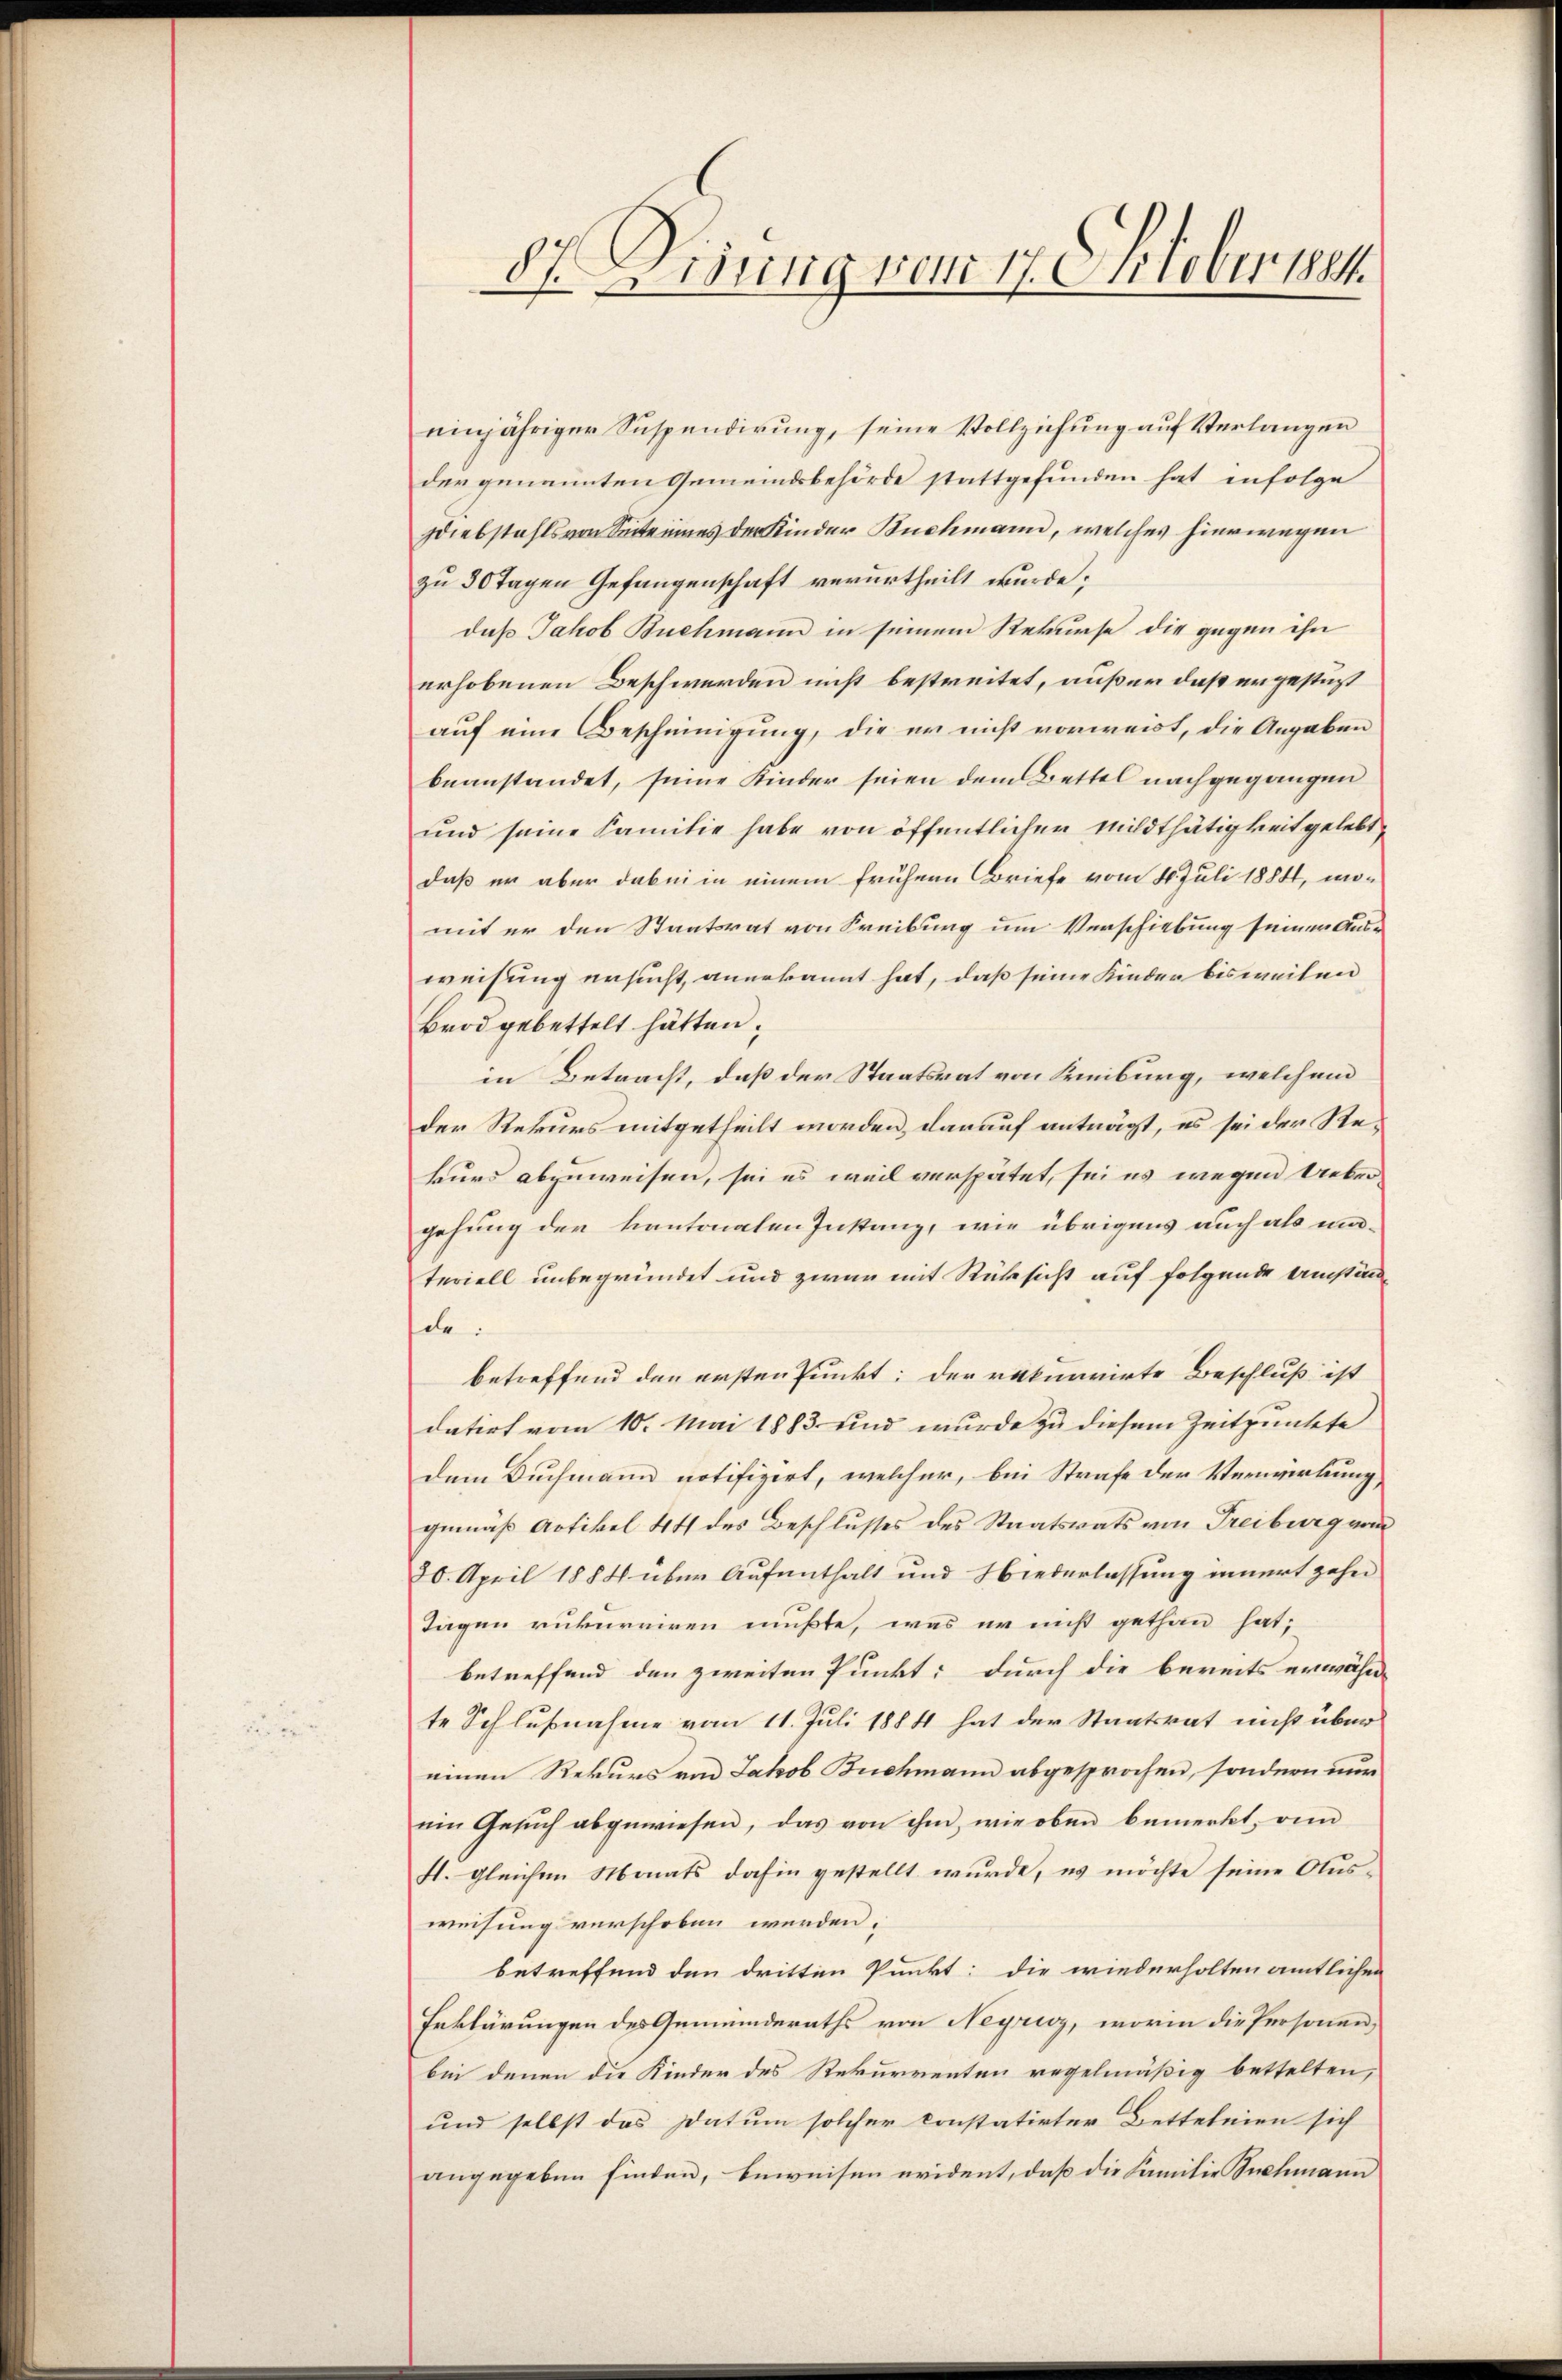
87 Visung vom 17. Oktober 184

einjähriger Suspendirung, seine Vollziehung auf Verlangen
der genannten Gemeindsbehörde stattgefunden hat infolge
sdiebstahls von Seiteines der Kinder Buchmann, welches hierwegen
zu 30 Tagen Gefangenschaft verurtheilt wurde;
daß Jakob Buchmann in seinem Rekurse die gegen ihn
erhobenen Beschwerden nicht bestreitet, außer daß ergestüzt
auf eine Bescheinigung, die er nicht vorweist, die Angaben
beanstandet, seine Kinder seien dem Bettel nachgegangen
und seine Familie habe von öffentlicher Mildthätigkeit gelebt,
daß er aber dabei in einem frühern Briefe vom 10. Juli 1884, momit er den Staatsrat von Freibung um Verschiebung seiner Aus-
weisung ersucht, anerkannt hat, daß seine Kinder bis weiten
Brod gebettelt hätten;
in Betracht, daß der Staatsrat von Freiburg, welchem
der Rekurs mitgetheilt worden, darauf anträgt, es sei der Rekurs abzuweisen, sei es weil verspätet, sei es wegen Ueber-
gehung der kantonalen Instanz, wie übrigens auch als ma-
teriell unbegründet und zwar mit Rücksicht auf folgende Umstän
de:
betreffend den ersten Punkt; der rekurrirte Beschluß ist
datirt vom 10. Mai 1883 und wurde zu diesem Zeitpunkte
dem Buchmann notifizirt, welcher, bei Strafe der Verwirkung,
gemäß Artikel 44 des Beschlusses des Staatsrats von Freiburg vom
20. April 1884 über Aufenthalt und Niederlassung innert zehn
Tagen rukurriren mußte, was er nicht gethan hat;
betreffend den zweiten Punkt; durch die bereits erwähn-
te Schlußnahme vom 11. Juli 1884 hat der Staatsrat nicht über
einen Rekurs von Jakob Buchmann abgesprochen, sondern nun
ein Gesŭch abgewiesen, das von ihm, wie oben bemerkt, ve
H. gleichen Monats dahin gestellt wurde, es möchte seine Aus-
weisung verschoben werden.
betreffend den dritten Punkt: die wiederholten amtlichen
Erklärungen des Gemeinderaths von Negrisz, worin die Personen,
bei denen die Kinder des Rekurrenten regelmäßig bettelten,
und selbst das Datum solcher konstatirter Betteleien sich
angegeben finden, beweisen evident, daß die Familie Suchmann